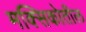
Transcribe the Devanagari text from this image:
मक्सिकोतील